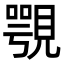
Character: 覨